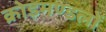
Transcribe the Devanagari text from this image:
क्रोड़मण्डलों